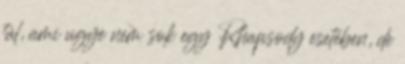
túl, ami ugye nem sok egy Rhapsody esetében, de